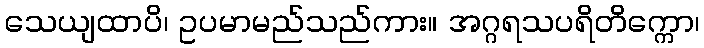
သေယျထာပိ၊ ဥပမာမည်သည်ကား။ အဂ္ဂရသပရိတိက္ကော၊